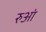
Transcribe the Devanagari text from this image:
रुआं